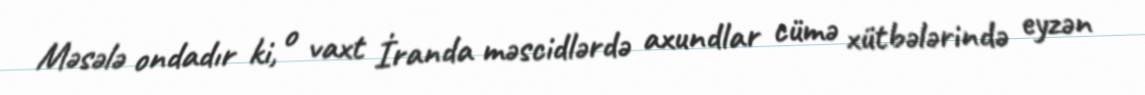
Məsələ ondadır ki, o vaxt İranda məscidlərdə axundlar cümə xütbələrində eyzən